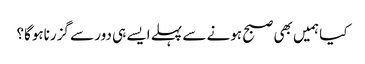
کیا ہمیں بھی صبح ہونے سے پہلے ایسے ہی دور سے گزرناہوگا؟